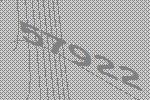
57922